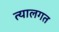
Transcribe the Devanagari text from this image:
त्यालगत